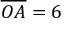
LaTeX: { \overline { { O A } } } = 6